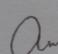
Signature authenticity: genuine